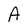
Character: A